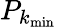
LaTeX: P_{k_{\mathrm{min}}}